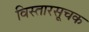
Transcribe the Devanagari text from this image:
विस्तारसूचक